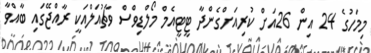
މިމަހުގެ 24 އިން 26އަށް ކުރިއަށްގެންދާ ޓީޓީއެމް މޯލްޑިވްސް ވާޗުއަލްއަކީ ރާއްޖޭގައި ބާއްވާ